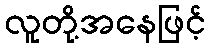
လူတို့အနေဖြင့်